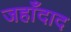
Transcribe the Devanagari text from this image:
जहाँदाद